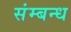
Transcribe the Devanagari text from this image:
संम्बन्ध